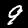
Digit: 9